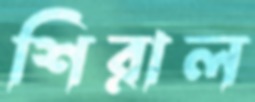
শিরাল